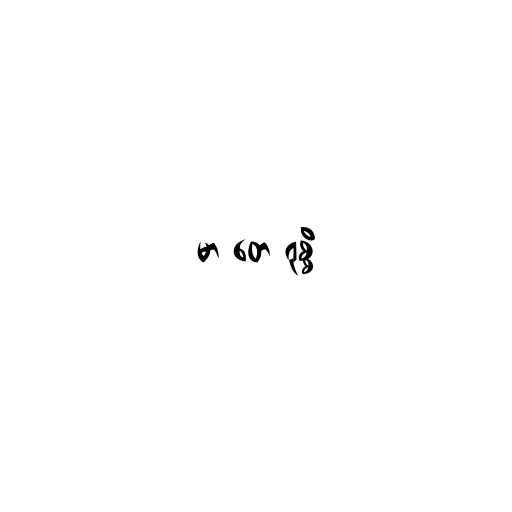
မာ တေ ရုစ္စိ